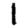
Digit: 1